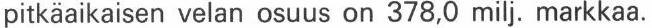
pitkäaikaisen velan osuus on 378,0 milj. markkaa.